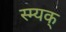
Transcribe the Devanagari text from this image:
स्म्यक्‌